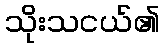
သိုးသငယ်၏